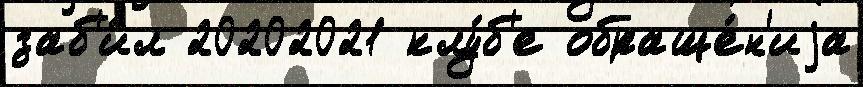
заб'и́л 20202021 клу́б'е обраще́н'иjа